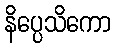
နိပ္ပေသိကော